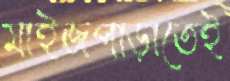
মাইজপাড়াতেই